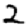
Digit: 2